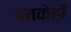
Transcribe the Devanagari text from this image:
इतकेही